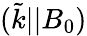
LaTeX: ({\tilde{k}||B_{0}})